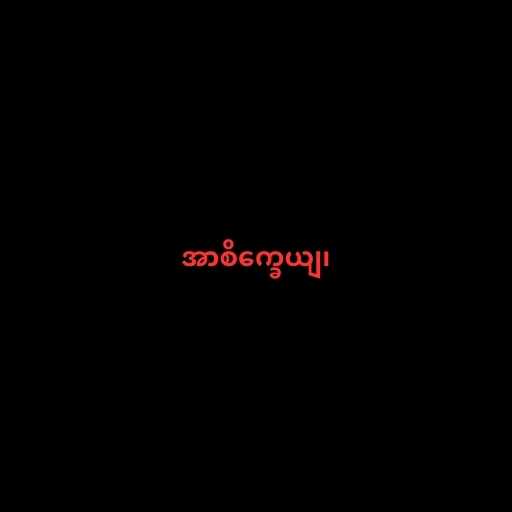
အာစိက္ခေယျ၊